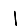
Digit: 1